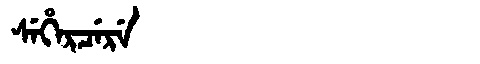
Manchu: ᠰᡝᡥᡝᡵᠴᡝᡵᡝ
Romanization: SEHERCERE